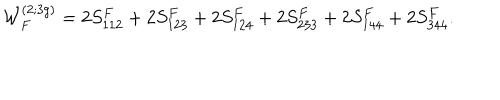
{ \cal W } _ { F } ^ { ( 2 ; 3 g ) } = 2 S _ { 1 1 2 } ^ { F } + 2 S _ { 1 2 3 } ^ { F } + 2 S _ { 1 2 4 } ^ { F } + 2 S _ { 2 3 3 } ^ { F } + 2 S _ { 1 4 4 } ^ { F } + 2 S _ { 3 4 4 } ^ { F } .